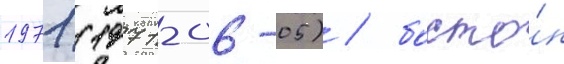
1971 (1971-06-05) / босто́н